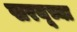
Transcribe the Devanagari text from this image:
सरयूच्या